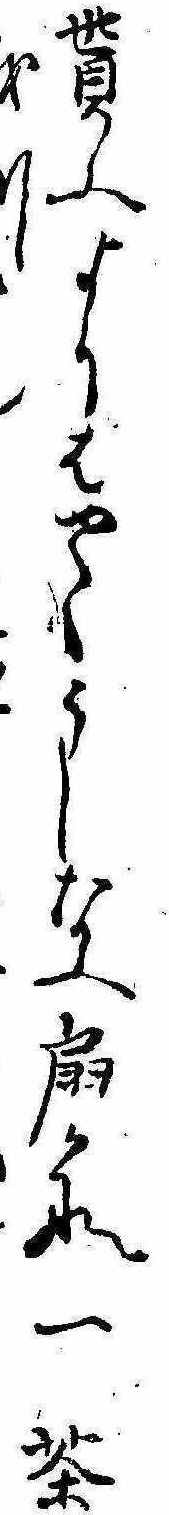
貰ふよりはやくうしなふ扇かな一茶